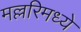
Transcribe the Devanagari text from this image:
मल्लरिमध्ये